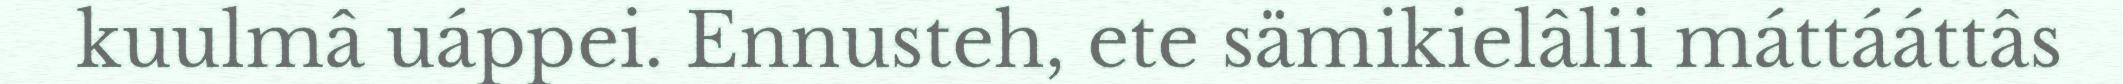
kuulmâ uáppei. Ennusteh, ete sämikielâlii máttááttâs